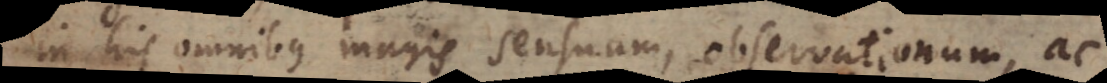
in his omnibus magis sensuum, observationum, ac